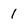
Character: 1